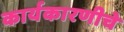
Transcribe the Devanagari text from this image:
कार्यकारणीचे